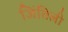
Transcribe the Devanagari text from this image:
जिंतिली